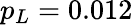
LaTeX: p_{L}=0.012